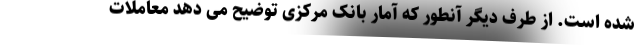
شده است. از طرف دیگر آنطور که آمار بانک مرکزی توضیح می دهد معاملات